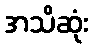
အသိဆုံး